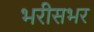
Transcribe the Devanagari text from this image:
भरीसभर